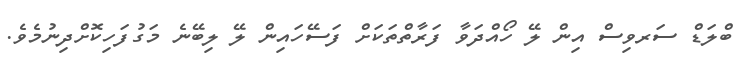
ބްލަޑް ސަރވިސް އިން ލޭ ހޯއްދަވާ ފަރާތްތަކަށް ފަސޭހައިން ލޭ ލިބޭނެ މަގުފަހިކޮށްދިނުމެވެ.